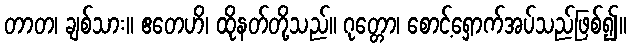
တာတ၊ ချစ်သား။ ဧတေဟိ၊ ထိုနတ်တို့သည်။ ဂုတ္တော၊ စောင့်ရှောက်အပ်သည်ဖြစ်၍။